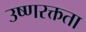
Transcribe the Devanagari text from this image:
उष्णरक्तता